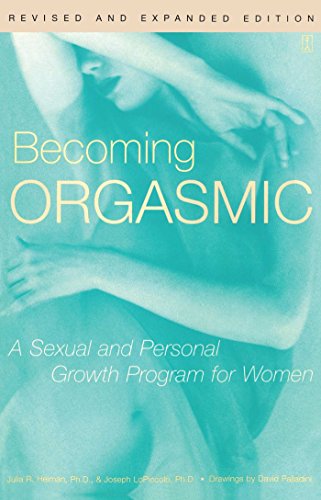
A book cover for Becoming Orgasmic: A Sexual and Personal Growth Program for Women; Julia Heiman; Health, Fitness & Dieting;